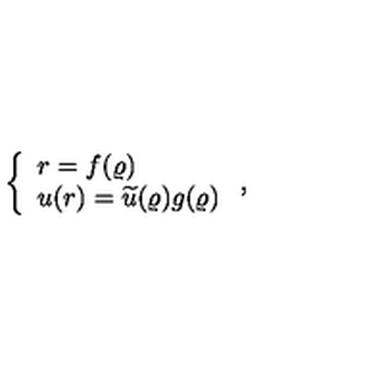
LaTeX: \left\{ \begin{array} { l } { r = f ( \varrho ) \nonumber } \\ { u ( r ) = \widetilde { u } ( \varrho ) g ( \varrho ) } \\ \end{array} \right. ,